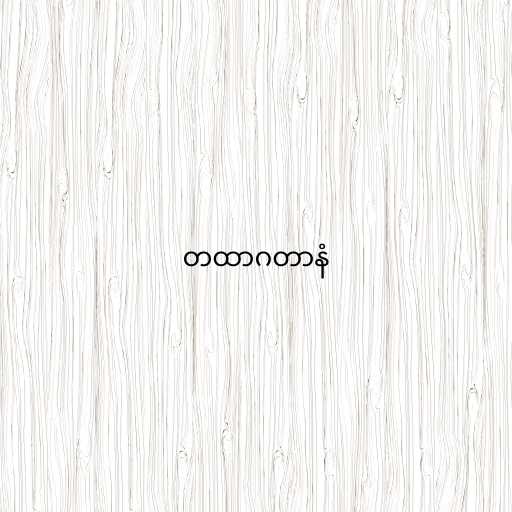
တထာဂတာနံ